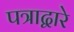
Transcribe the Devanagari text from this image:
पत्राद्वारे